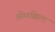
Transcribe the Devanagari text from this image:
ओळखिला